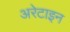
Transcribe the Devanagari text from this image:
अरेटाइन